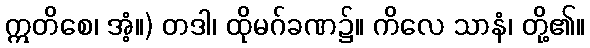
ဣတိစေ၊ အံ့။) တဒါ၊ ထိုမဂ်ခဏ၌။ ကိလေ သာနံ၊ တို့၏။